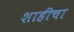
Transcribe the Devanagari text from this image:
शाहीचा